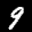
Label: 9